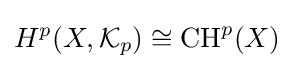
H^{p}(X,{\mathcal {K}}_{p})\cong \operatorname {CH} ^{p}(X)